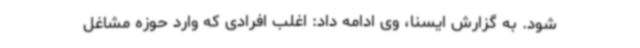
شود. به گزارش ایسنا، وی ادامه داد: اغلب افرادی که وارد حوزه مشاغل